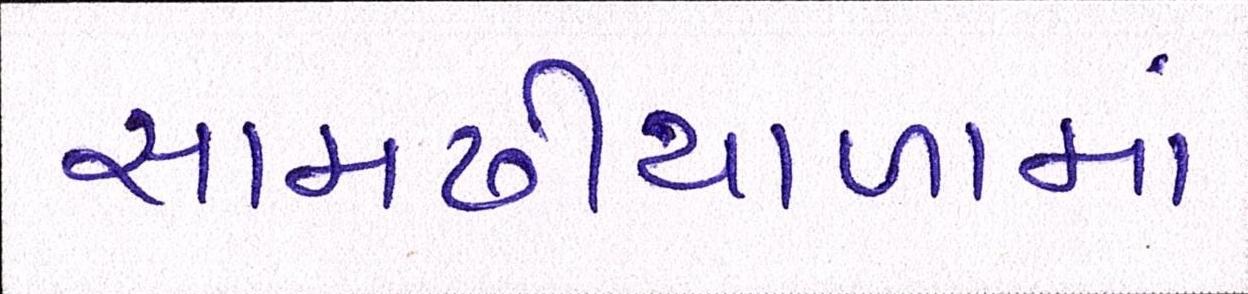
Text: સામઢીયાળામાં